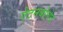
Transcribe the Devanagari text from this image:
ऐटनबोरोघ